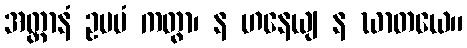
အတ္တာနံ ဥပမံ ကတွာ၊ န ဟနေယျ န ဃာတယေ။